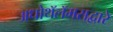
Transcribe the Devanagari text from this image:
अधोथॅलॅमसद्वारे